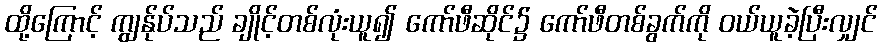
ထို့ကြောင့် ကျွန်ုပ်သည် ချိုင့်တစ်လုံးယူ၍ ကော်ဖီဆိုင်၌ ကော်ဖီတစ်ခွက်ကို ဝယ်ယူခဲ့ပြီးလျှင်